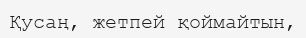
Қусаң, жетпей қоймайтын,